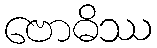
ဗောဓိဿ